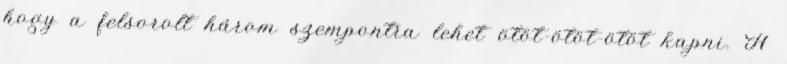
hogy a felsorolt három szempontra lehet ötöt-ötöt-ötöt kapni. A